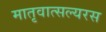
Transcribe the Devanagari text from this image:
मातृवात्सल्यरस